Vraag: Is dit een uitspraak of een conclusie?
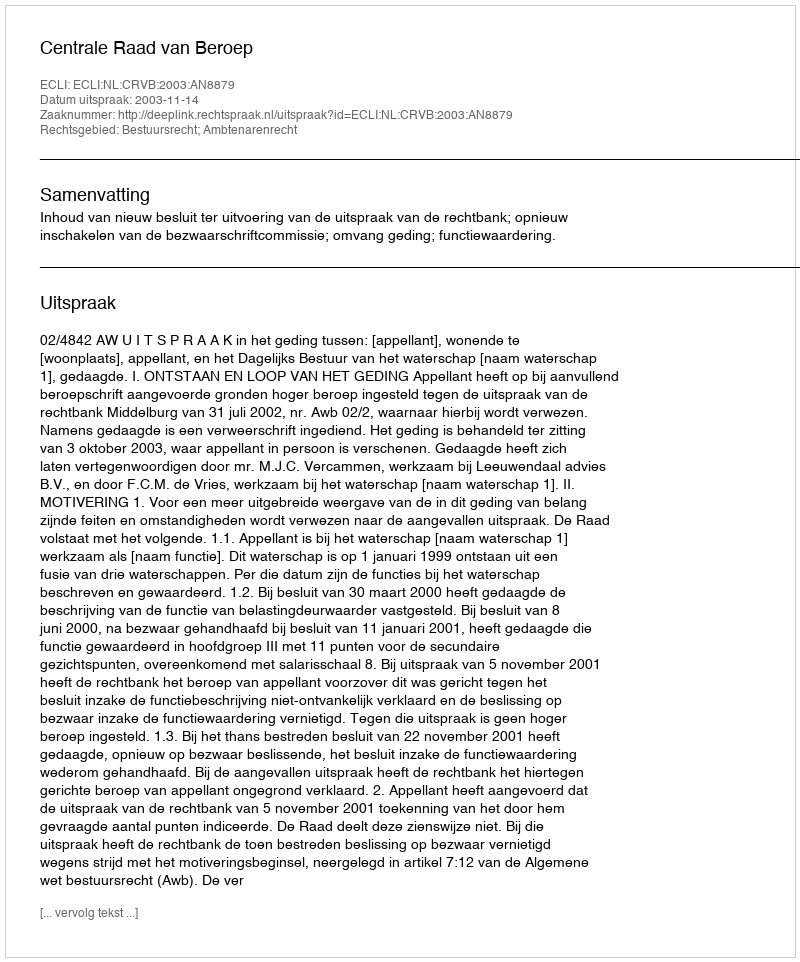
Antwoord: Uitspraak